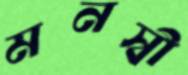
মনস্বী